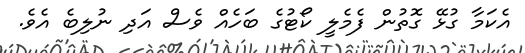
އެކަމާ ގުޅޭ ގޮތުން ފެމެލީ ކޯޓުގެ ބަހެއް ވެސް އަދި ނުލިބެ އެވެ.